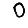
Digit: 0